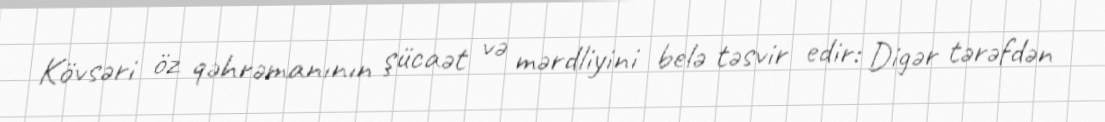
Kövsəri öz qəhrəmanının şücaət və mərdliyini belə təsvir edir: Digər tərəfdən